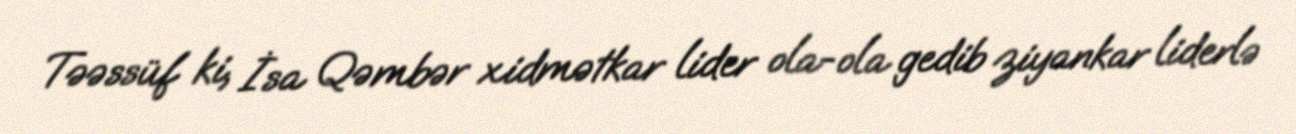
Təəssüf ki, İsa Qəmbər xidmətkar lider ola-ola gedib ziyankar liderlə